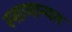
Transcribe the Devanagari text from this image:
स्सामान्यत